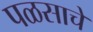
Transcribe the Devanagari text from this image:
पळसाचे